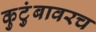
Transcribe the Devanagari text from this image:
कुटुंबावरच